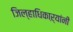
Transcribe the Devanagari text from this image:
जिल्हाधिकाऱ्यांनी